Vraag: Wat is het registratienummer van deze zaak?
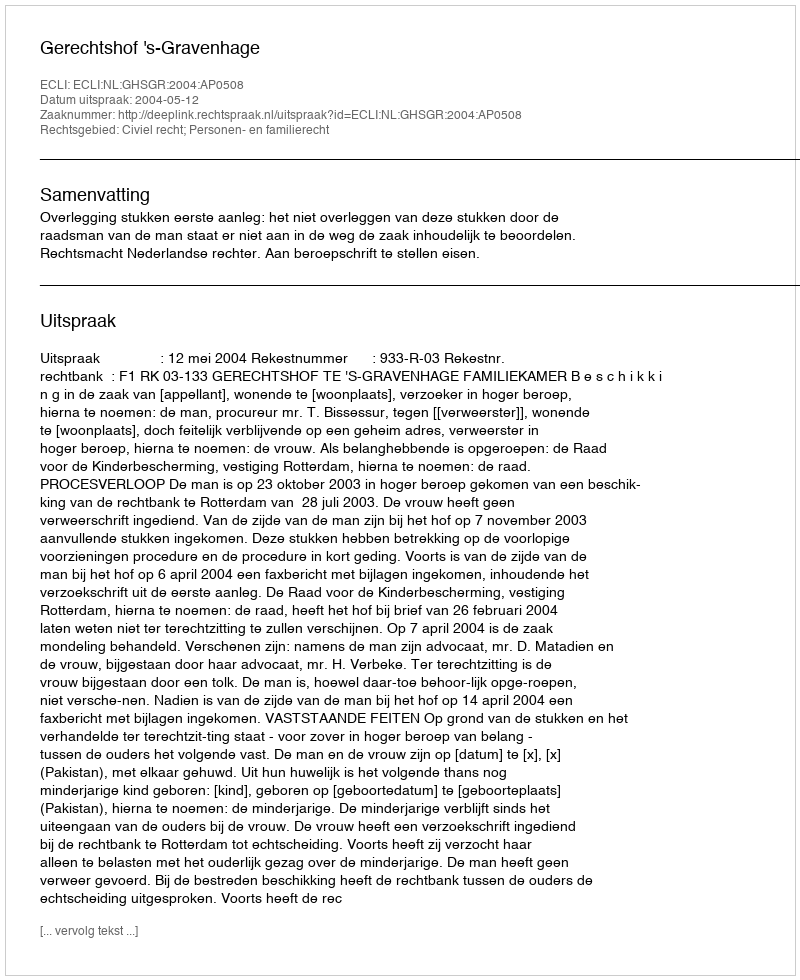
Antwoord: http://deeplink.rechtspraak.nl/uitspraak?id=ECLI:NL:GHSGR:2004:AP0508